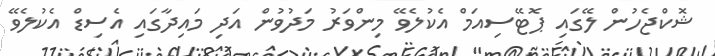
ޝޮކްޖެހުން ލޭގައި ޕޮޓޭސިއަމް އެކުލެވޭ މިންވަރު މަދުވުން އަދި މައިދާގައި އެސިޑް އެކުލެވޭ